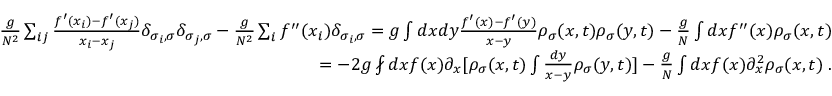
\begin{array} { r l r } & { } & { \frac { g } { N ^ { 2 } } \sum _ { i j } \frac { f ^ { \prime } ( x _ { i } ) - f ^ { \prime } ( x _ { j } ) } { x _ { i } - x _ { j } } \delta _ { \sigma _ { i } , \sigma } \delta _ { \sigma _ { j } , \sigma } - \frac { g } { N ^ { 2 } } \sum _ { i } f ^ { \prime \prime } ( x _ { i } ) \delta _ { \sigma _ { i } , \sigma } = g \int d x d y \frac { f ^ { \prime } ( x ) - f ^ { \prime } ( y ) } { x - y } \rho _ { \sigma } ( x , t ) \rho _ { \sigma } ( y , t ) - \frac { g } { N } \int d x f ^ { \prime \prime } ( x ) \rho _ { \sigma } ( x , t ) } \\ & { } & { = - 2 g \fint d x f ( x ) \partial _ { x } [ \rho _ { \sigma } ( x , t ) \int \frac { d y } { x - y } \rho _ { \sigma } ( y , t ) ] - \frac { g } { N } \int d x f ( x ) \partial _ { x } ^ { 2 } \rho _ { \sigma } ( x , t ) \; . } \end{array}